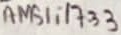
Text: AMS1117-3,3